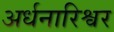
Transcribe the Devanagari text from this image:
अर्धनारिश्वर